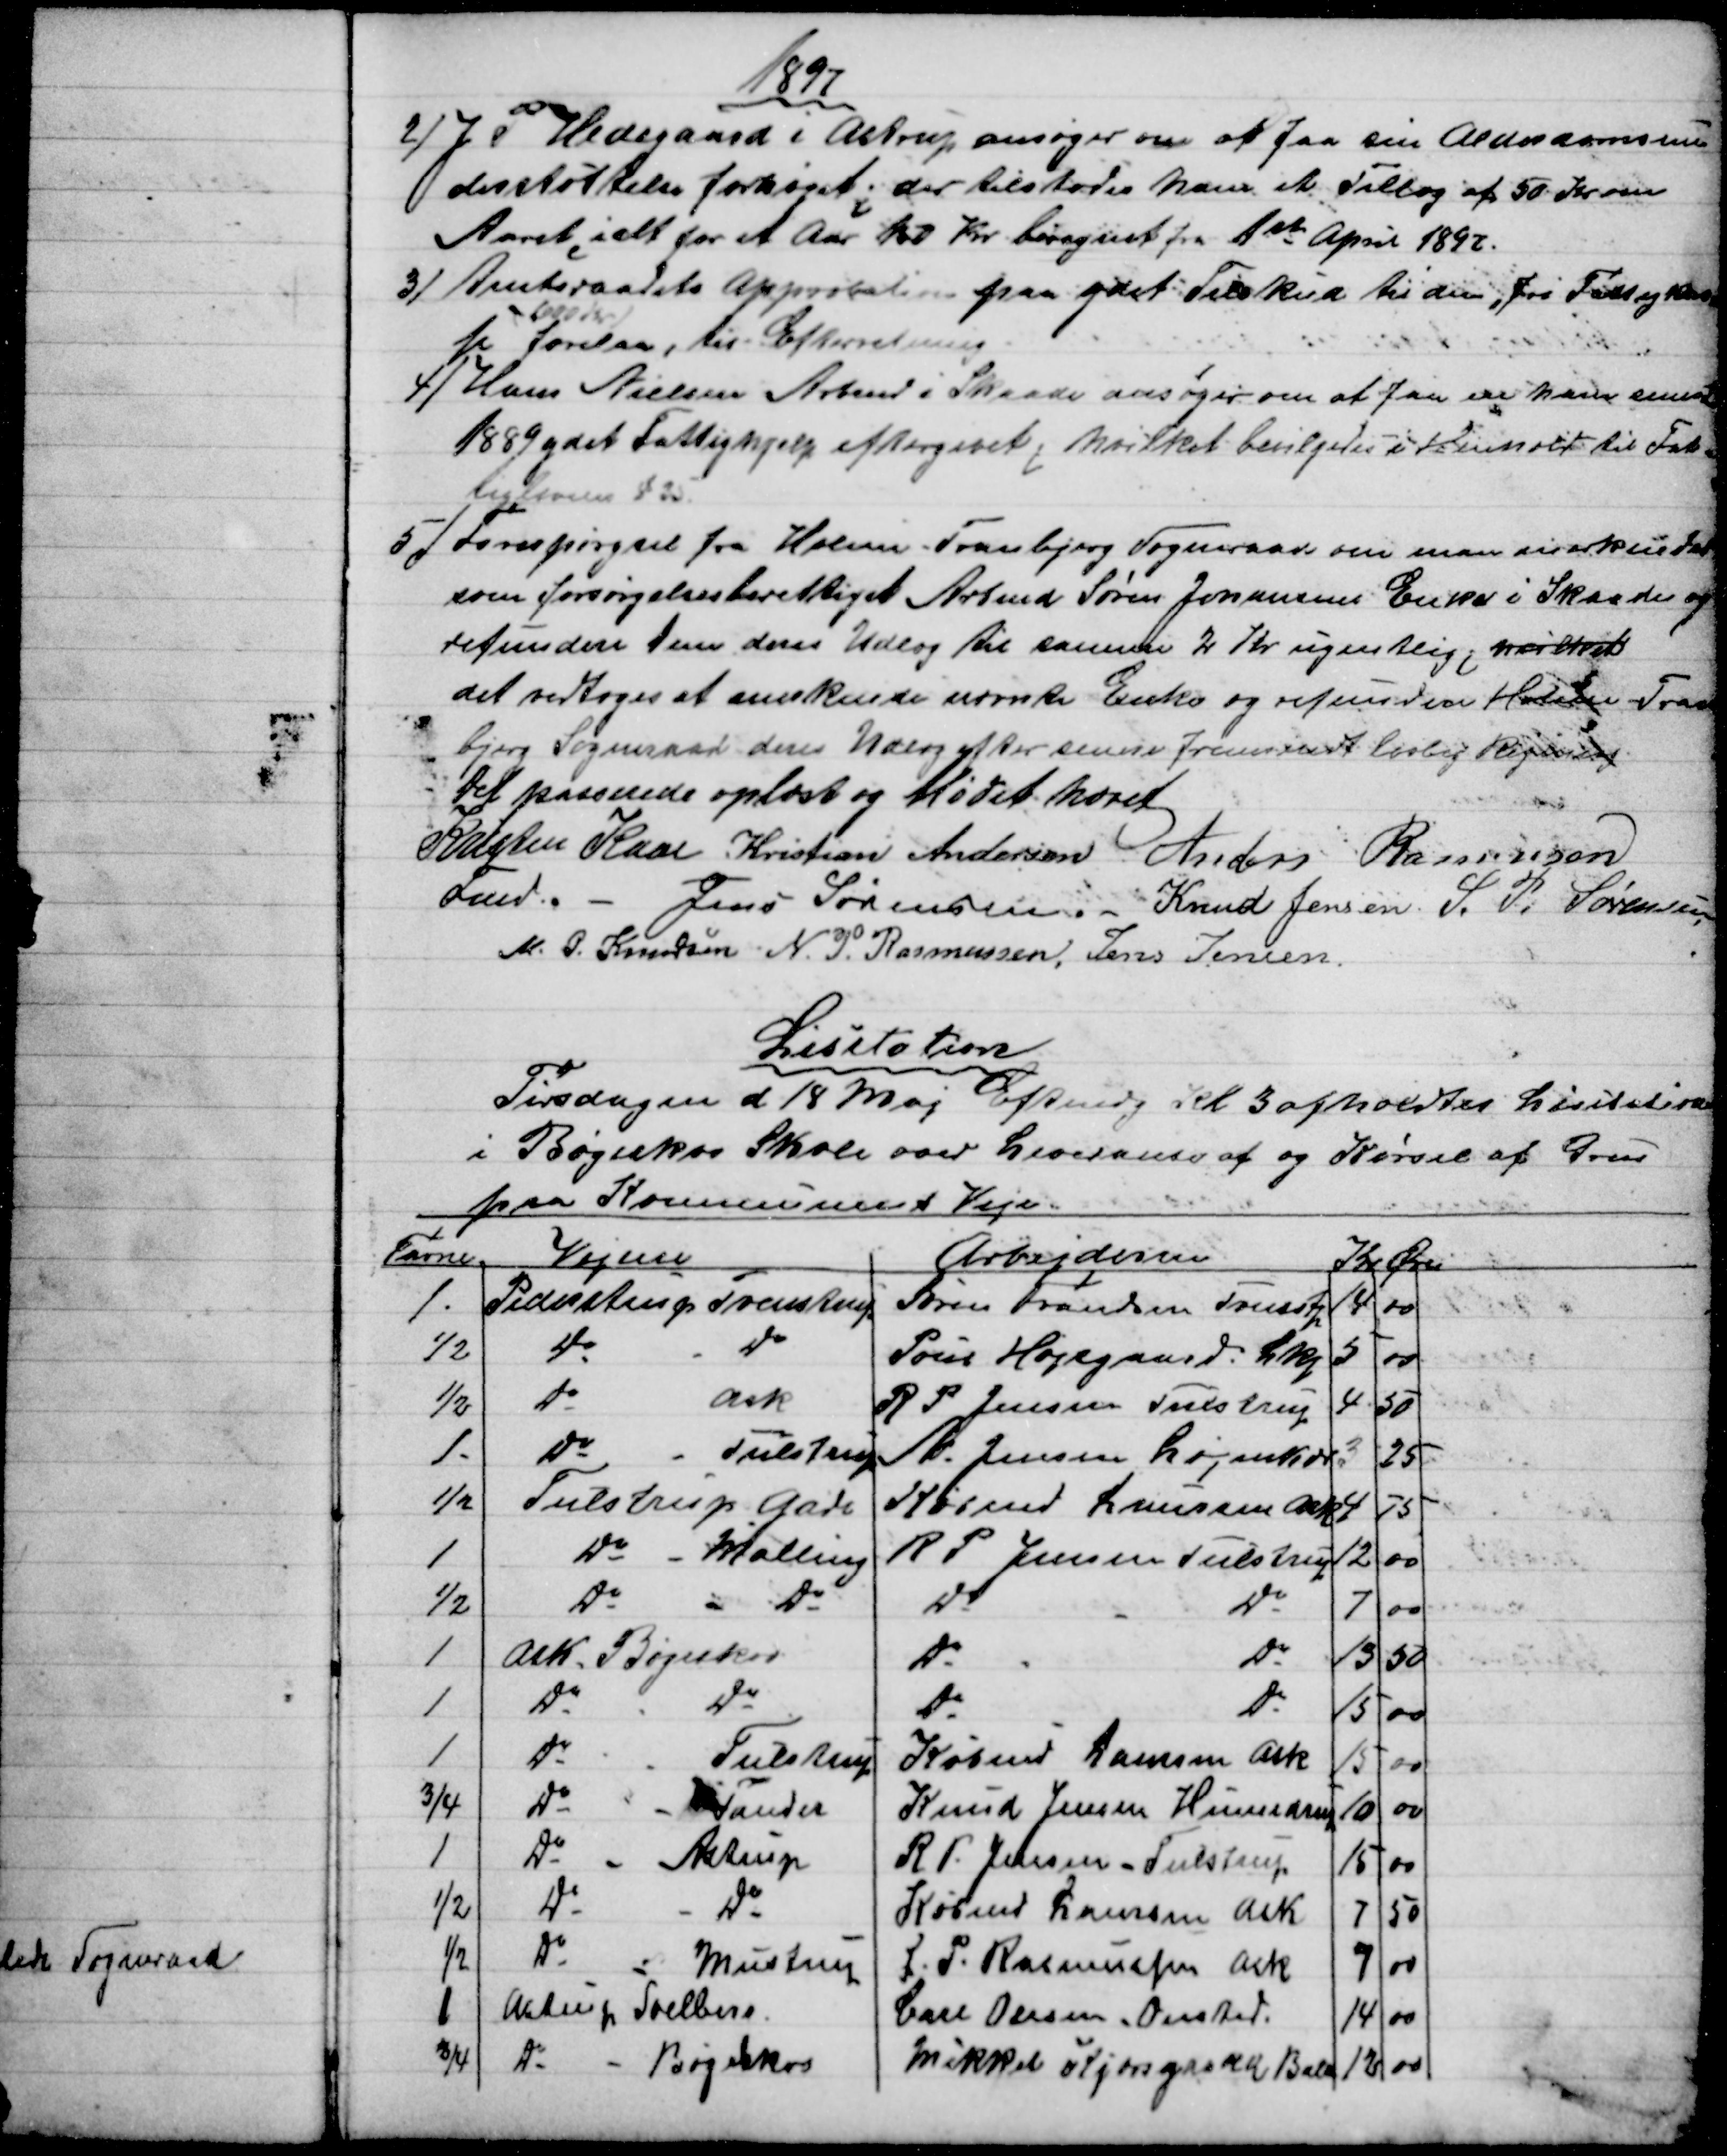
Transskription:
1897
2)
J P Hedegaard i Astrup ansøger om at faa sin Alderdomsun-
derstøttelse forhøjet; der tilstodes ham et Tillæg af 50 Kr. om
Aaret, ialt for et Aar 150 Kr. beregnet fra 1ste April 1897.
3)
Amtsraadets Approbation paa ydet Tilskud til den "Fri Fattigkas
se" 
600 Kr
forelaa, til Efterretning
4) 
Hans Nielsen Arbmd i Skaade ansøger om at faa en ham senest
1889 ydet Fattighjelp eftergivet, hvilket bevilgedes i Henhold til Fat-
tigloven § 35
5) 
Forespørgsel fra Holme -Tranbjerg Sogneraad om man anerkender
som forsørgelsesberettiget Arbmd Søren Johansens Enke i Skaade og
refundere dem deres Udlæg til samme 2 Kr ugentlig; hvilket
det vedtoges at anerkende nævnte Enke og refundere Holme-Tran
bjerg Sogneraad deres Udlæg efter senere fremsendt lovlig Regning
Det passerede oplæst og Mødet hævet
Kristen Kaae 
Fmd. 
Kristian Andersen Anders Rasmussen
Jens Sørensen Knud Jensen. S. P. Sørensen
M. P. Knudsen N. P. Rasmussen. Jens Jensen
Lisitation
Tirsdagen d 18 Maj Eftmdg Kl 3 afholdtes Lisitation
i Bøgeskov Skole over Leveranse af og Kørsel af Grus
paa Kommunens Veje.
Favne
Vejene
Arbejderne
Kr 
Øre
1 -
Pederstrup Tvenstrup
Søren Frandsen Tvenstp
14
00
½
Do
Do
Poul Højsgaard. Lkj
5
00
½
Do
Ask
R P Jensen Tulstrup
4
50
1 -
Do 
Tulstrup
A. Jensen Løjenkær
3
25
½
Tulstrup Gade
Købmd Laursen Ask
4
75
1
Do 
Malling
R P Jensen Tulstrup
12
00
½
Do
Do
Do
Do
7
00
1
Ask - Bøgeskov
Do
Do
13
50
1
Do
Do
Do
Do
15
00
1
Do
Tulstrup
Købmd Laursen Ask
15
00
¾
Do
Tander
Knud Jensen Hinnedrup
10
00
1
Do 
Astrup
R. P. Jensen - Tulstrup
15
00
½
Do
Do
Købmd Laursen Ask
7
50
½
Do 
Mustrup
J. P. Rasmussen Ask
7
00
1
Astrup Soelberg
Carl Olesen. Onsted.
14
00
¾
Do 
Bøgeskov
Mikkel Kjærsgaard Balle
12
00